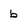
Character: b